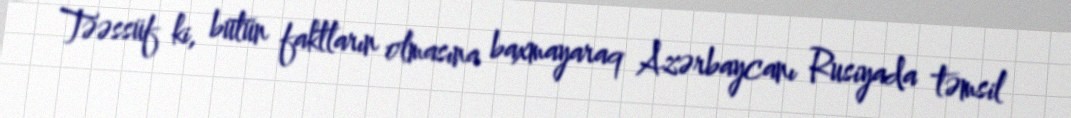
Təəssüf ki, bütün faktların olmasına baxmayaraq Azərbaycanı Rusiyada təmsil